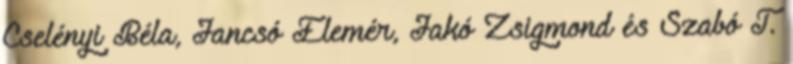
Cselényi Béla, Jancsó Elemér, Jakó Zsigmond és Szabó T.